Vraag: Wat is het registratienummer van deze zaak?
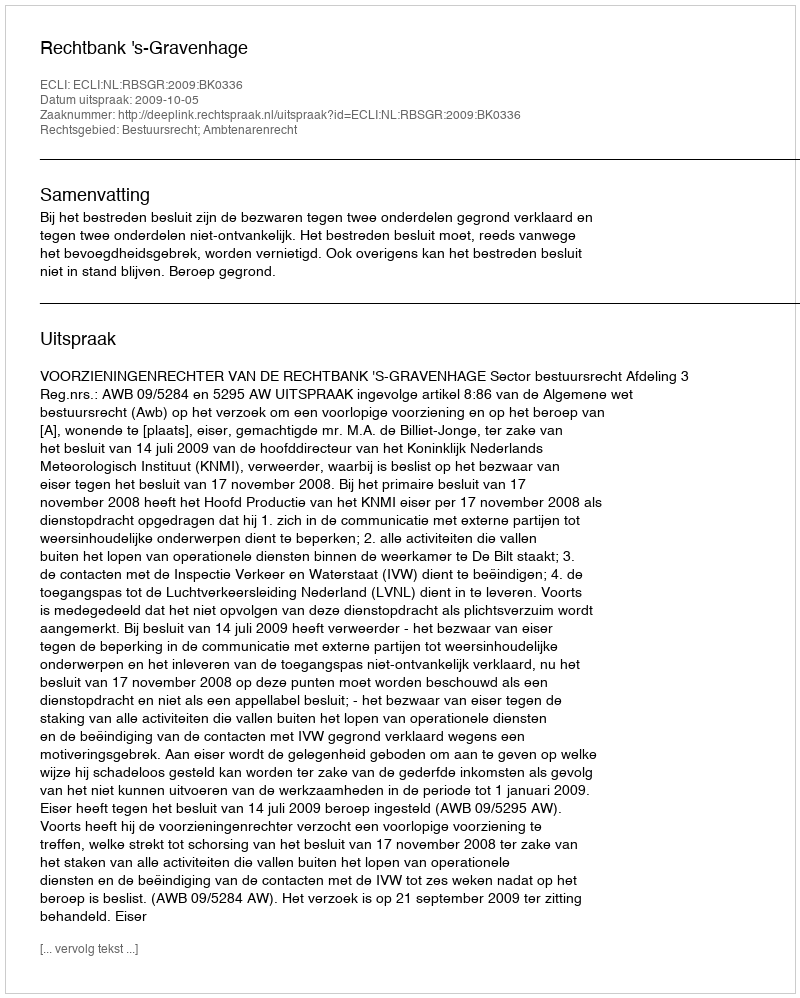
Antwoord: http://deeplink.rechtspraak.nl/uitspraak?id=ECLI:NL:RBSGR:2009:BK0336